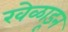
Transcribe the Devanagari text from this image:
खेळाडून